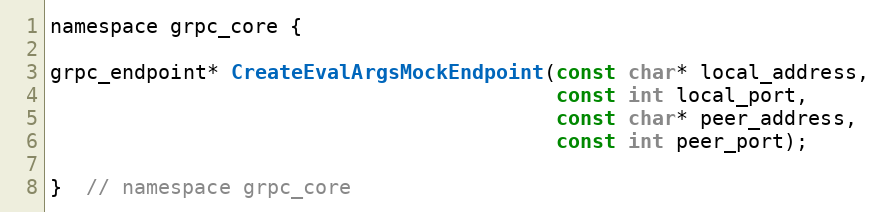
Language: C
namespace grpc_core {

grpc_endpoint* CreateEvalArgsMockEndpoint(const char* local_address,
                                          const int local_port,
                                          const char* peer_address,
                                          const int peer_port);

}  // namespace grpc_core